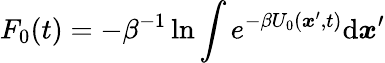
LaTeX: F_{0}(t)=-\beta^{-1}\ln\int e^{-\beta U_{0}({\boldsymbol{x}}^{\prime},t)}\mathrm{d}{\boldsymbol{x}}^{\prime}